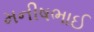
મનીષભાઈ